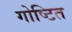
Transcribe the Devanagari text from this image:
गोष्टित